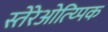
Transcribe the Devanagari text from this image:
स्तेरेओत्य्पिक